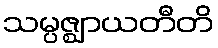
သမ္ပဇ္ဈာယတီတိ